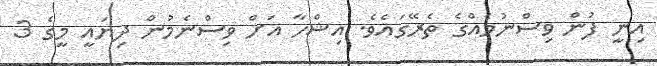
އިނީ ފުން ވިސްނުމެއްގެ ތެރޭގައެވެ. އިޝްހާ އަށް ވިސްނެމުން ދިޔައީ މީގެ 3